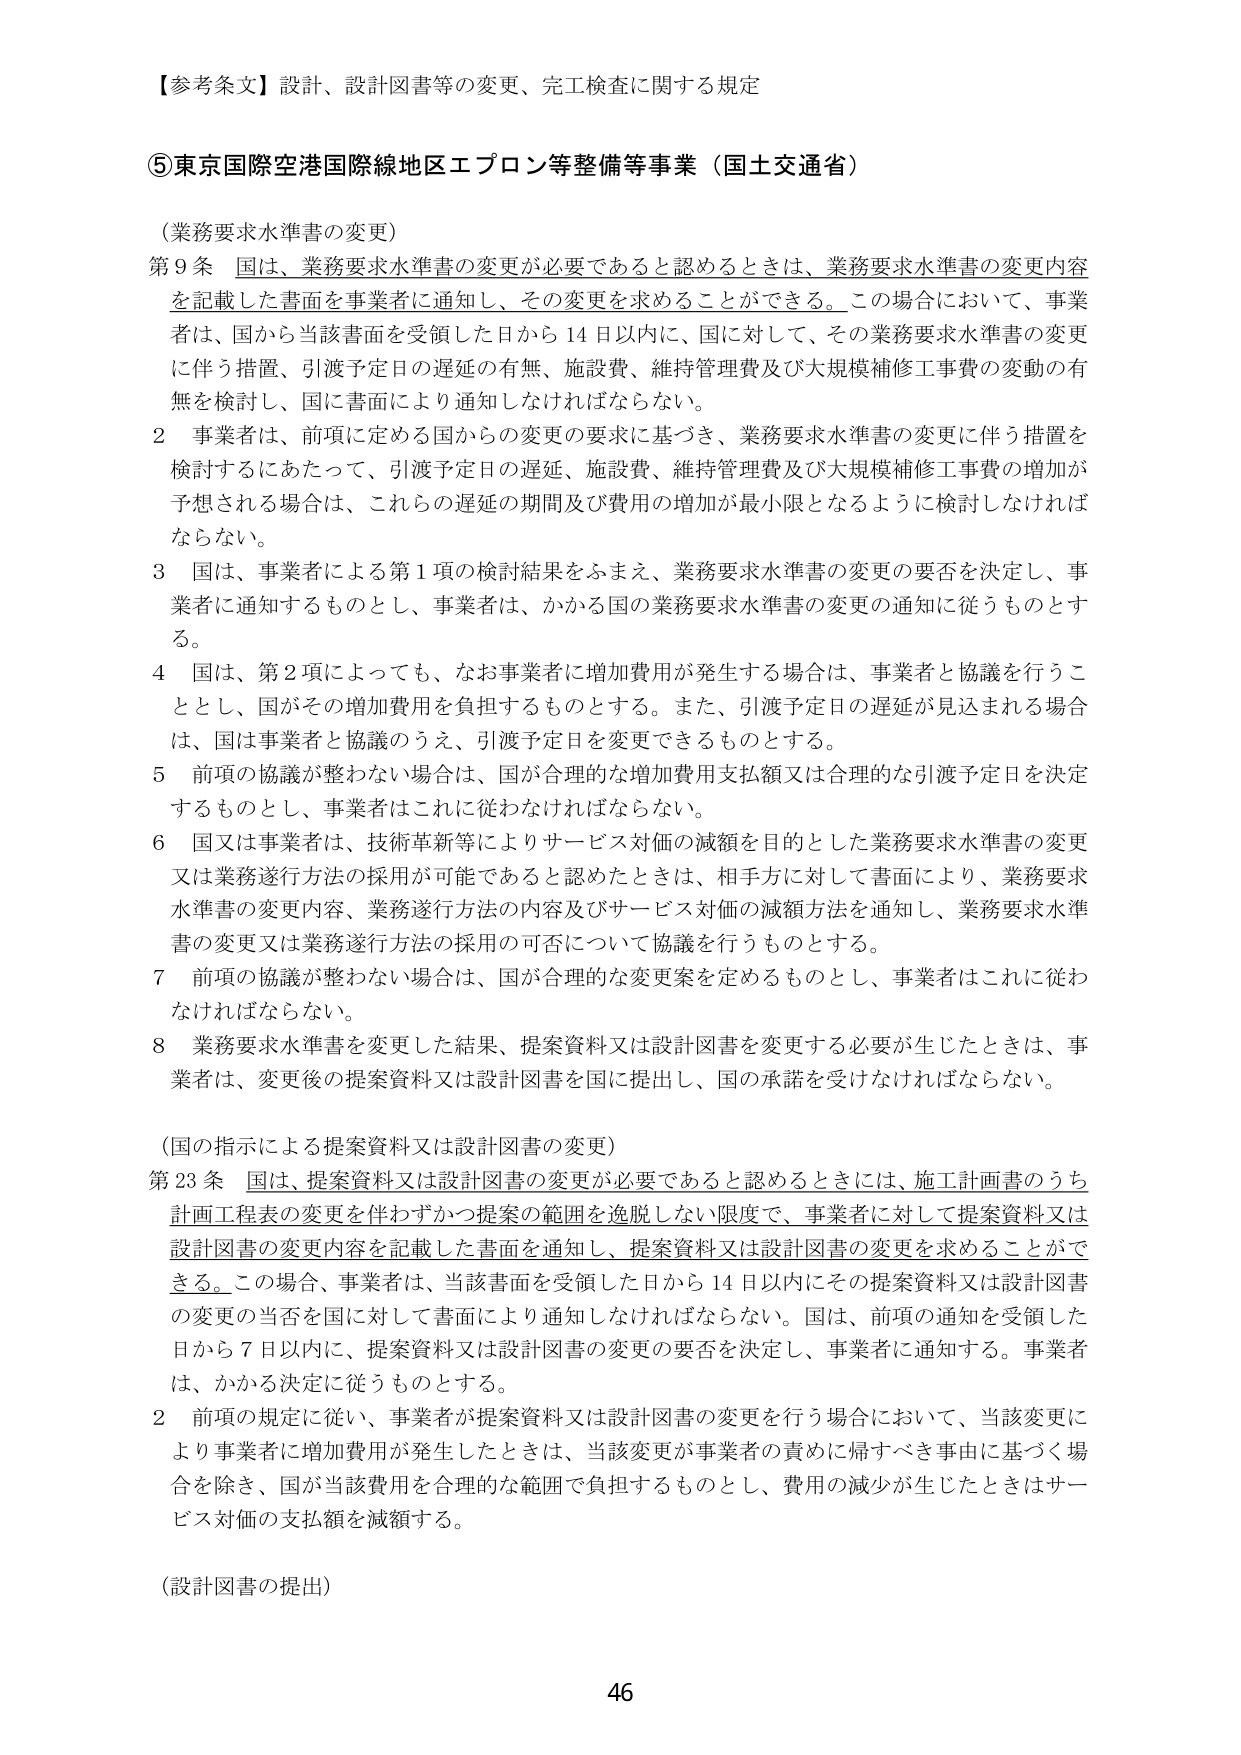
【参考条文】設計、設計図書等の変更、完工検査に関する規定

⑤東京国際空港国際線地区エプロン等整備等事業（国土交通省）

（業務要求水準書の変更）

第９条 国は、業務要求水準書の変更が必要であると認めるときは、業務要求水準書の変更内容を記載した書面を事業者に通知し、その変更を求めることができる。この場合において、事業者は、国から当該書面を受領した日から14日以内に、国に対して、その業務要求水準書の変更に伴う措置、引渡予定日の遅延の有無、施設費、維持管理費及び大規模補修工事費の変動の有無を検討し、国に書面により通知しなければならない。

２ 事業者は、前項に定める国からの変更の要求に基づき、業務要求水準書の変更に伴う措置を検討するにあたって、引渡予定日の遅延、施設費、維持管理費及び大規模補修工事費の増加が予想される場合は、これらの遅延の期間及び費用の増加が最小限となるように検討しなければならない。

３ 国は、事業者による第１項の検討結果をふまえ、業務要求水準書の変更の要否を決定し、事業者に通知するものとし、事業者は、かかる国の業務要求水準書の変更の通知に従うものとする。

４ 国は、第２項によっても、なお事業者に増加費用が発生する場合は、事業者と協議を行うこととし、国がその増加費用を負担するものとする。また、引渡予定日の遅延が見込まれる場合は、国は事業者と協議のうえ、引渡予定日を変更できるものとする。

５ 前項の協議が整わない場合は、国が合理的な増加費用支払額又は合理的な引渡予定日を決定するものとし、事業者はこれに従わなければならない。

６ 国又は事業者は、技術革新等によりサービス対価の減額を目的とした業務要求水準書の変更又は業務遂行方法の採用が可能であると認めたときは、相手方に対して書面により、業務要求水準書の変更内容、業務遂行方法の内容及びサービス対価の減額方法を通知し、業務要求水準書の変更又は業務遂行方法の採用の可否について協議を行うものとする。

７ 前項の協議が整わない場合は、国が合理的な変更案を定めるものとし、事業者はこれに従わなければならない。

８ 業務要求水準書を変更した結果、提案資料又は設計図書を変更する必要が生じたときは、事業者は、変更後の提案資料又は設計図書を国に提出し、国の承諾を受けなければならない。

（国の指示による提案資料又は設計図書の変更）

第23条 国は、提案資料又は設計図書の変更が必要であると認めるときには、施工計画書のうち計画工程表の変更を伴わずかつ提案の範囲を逸脱しない限度で、事業者に対して提案資料又は設計図書の変更内容を記載した書面を通知し、提案資料又は設計図書の変更を求めることができる。この場合、事業者は、当該書面を受領した日から14日以内にその提案資料又は設計図書の変更の当否を国に対して書面により通知しなければならない。国は、前項の通知を受領した日から7日以内に、提案資料又は設計図書の変更の要否を決定し、事業者に通知する。事業者は、かかる決定に従うものとする。

２ 前項の規定に従い、事業者が提案資料又は設計図書の変更を行う場合において、当該変更により事業者に増加費用が発生したときは、当該変更が事業者の責めに帰すべき事由に基づく場合を除き、国が当該費用を合理的な範囲で負担するものとし、費用の減少が生じたときはサービス対価の支払額を減額する。

（設計図書の提出）

46